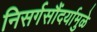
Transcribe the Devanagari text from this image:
निसर्गसौंदर्यामुळे